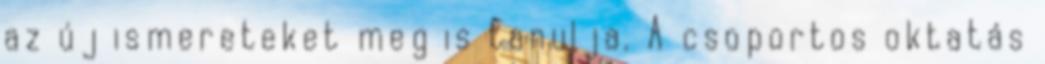
az új ismereteket meg is tanulja. A csoportos oktatás